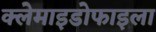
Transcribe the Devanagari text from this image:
क्लेमाइडोफाइला